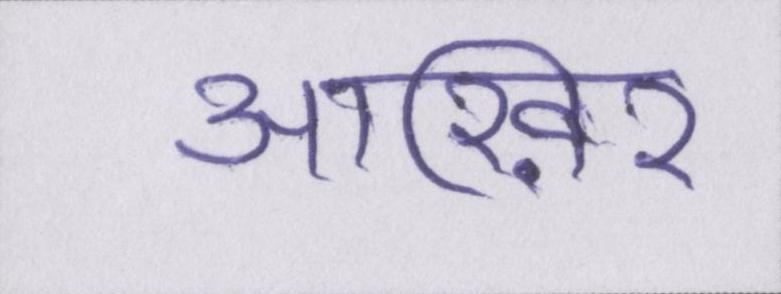
आख़िर